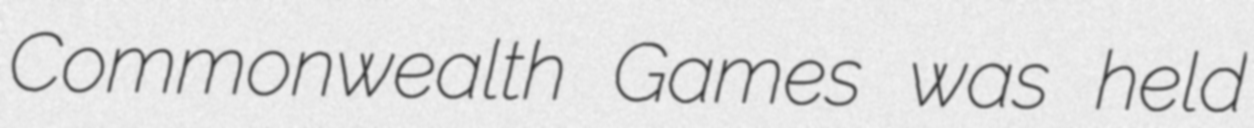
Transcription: Commonwealth Games was held